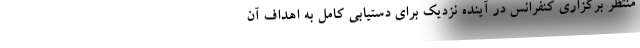
منتظر برگزاری کنفرانس در آینده نزدیک برای دستیابی کامل به اهداف آن